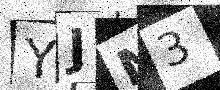
Text: YJN3